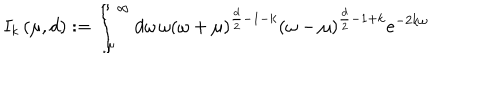
I _ { k } \left( \mu , d \right) : = \int _ { \mu } ^ { \infty } d \omega \, \omega \left( \omega + \mu \right) ^ { \frac { d } { 2 } - 1 - k } \left( \omega - \mu \right) ^ { \frac { d } { 2 } - 1 + k } e ^ { - 2 k \omega }